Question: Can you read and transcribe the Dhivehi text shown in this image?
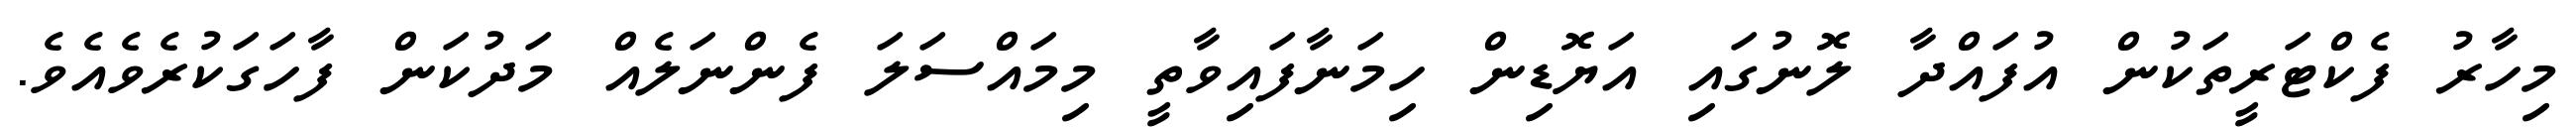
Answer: މިހާރު ފެކްޓަރީތަކުން އުފައްދާ ލޮނުގައި އަޔޮޑިން ހިމަނާފައިވާތީ މިމައްސަލަ ފެންނަލެއް މަދުކަން ފާހަގަކުރެވެއެވެ.